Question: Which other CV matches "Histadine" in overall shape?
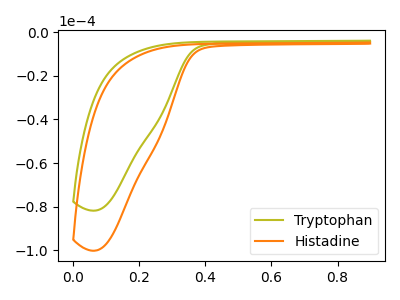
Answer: <think>The olive curve "Tryptophan" has no peaks. The orange curve "Histadine" has no peaks.
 Neither "Tryptophan" or "Histadine" have any peaks.</think>
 <answer>The CV with the most similar shape to "Tryptophan" is "Histadine".</answer>
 <eval>"Histadine"</eval>